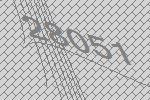
28051